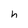
Character: h